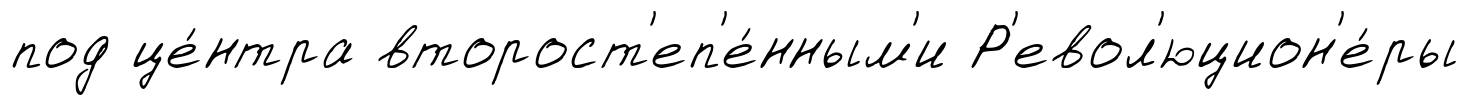
под це́нтра второст'еп'е́нным'и Р'евол'юцион'е́ры